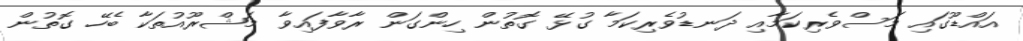
އައްޑޫގައި މަސްވެރިކަމާއި ދަނޑުވެރިކަމާ ގުޅޭ ގޮތުން ހިންގަން ރާވާފައިވާ މަޝްރޫއުތަކާ ބެހޭ ގޮތުން